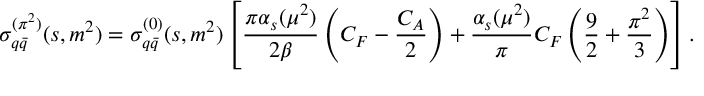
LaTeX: \sigma _ { q \bar { q } } ^ { ( \pi ^ { 2 } ) } ( s , m ^ { 2 } ) = \sigma _ { q \bar { q } } ^ { ( 0 ) } ( s , m ^ { 2 } ) \left[ \frac { \pi \alpha _ { s } ( \mu ^ { 2 } ) } { 2 \beta } \left( C _ { F } - \frac { C _ { A } } { 2 } \right) + \frac { \alpha _ { s } ( \mu ^ { 2 } ) } { \pi } C _ { F } \left( \frac { 9 } { 2 } + \frac { \pi ^ { 2 } } { 3 } \right) \right] .